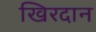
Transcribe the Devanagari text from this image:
खिरदान